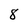
Character: 8